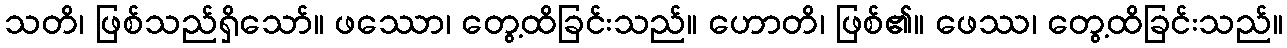
သတိ၊ ဖြစ်သည်ရှိသော်။ ဖဿော၊ တွေ့ထိခြင်းသည်။ ဟောတိ၊ ဖြစ်၏။ ဖေဿ၊ တွေ့ထိခြင်းသည်။